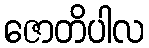
ဇောတိပါလ